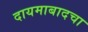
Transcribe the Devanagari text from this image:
दायमाबादचा